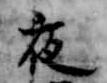
夜